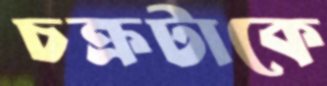
চক্রটাকে